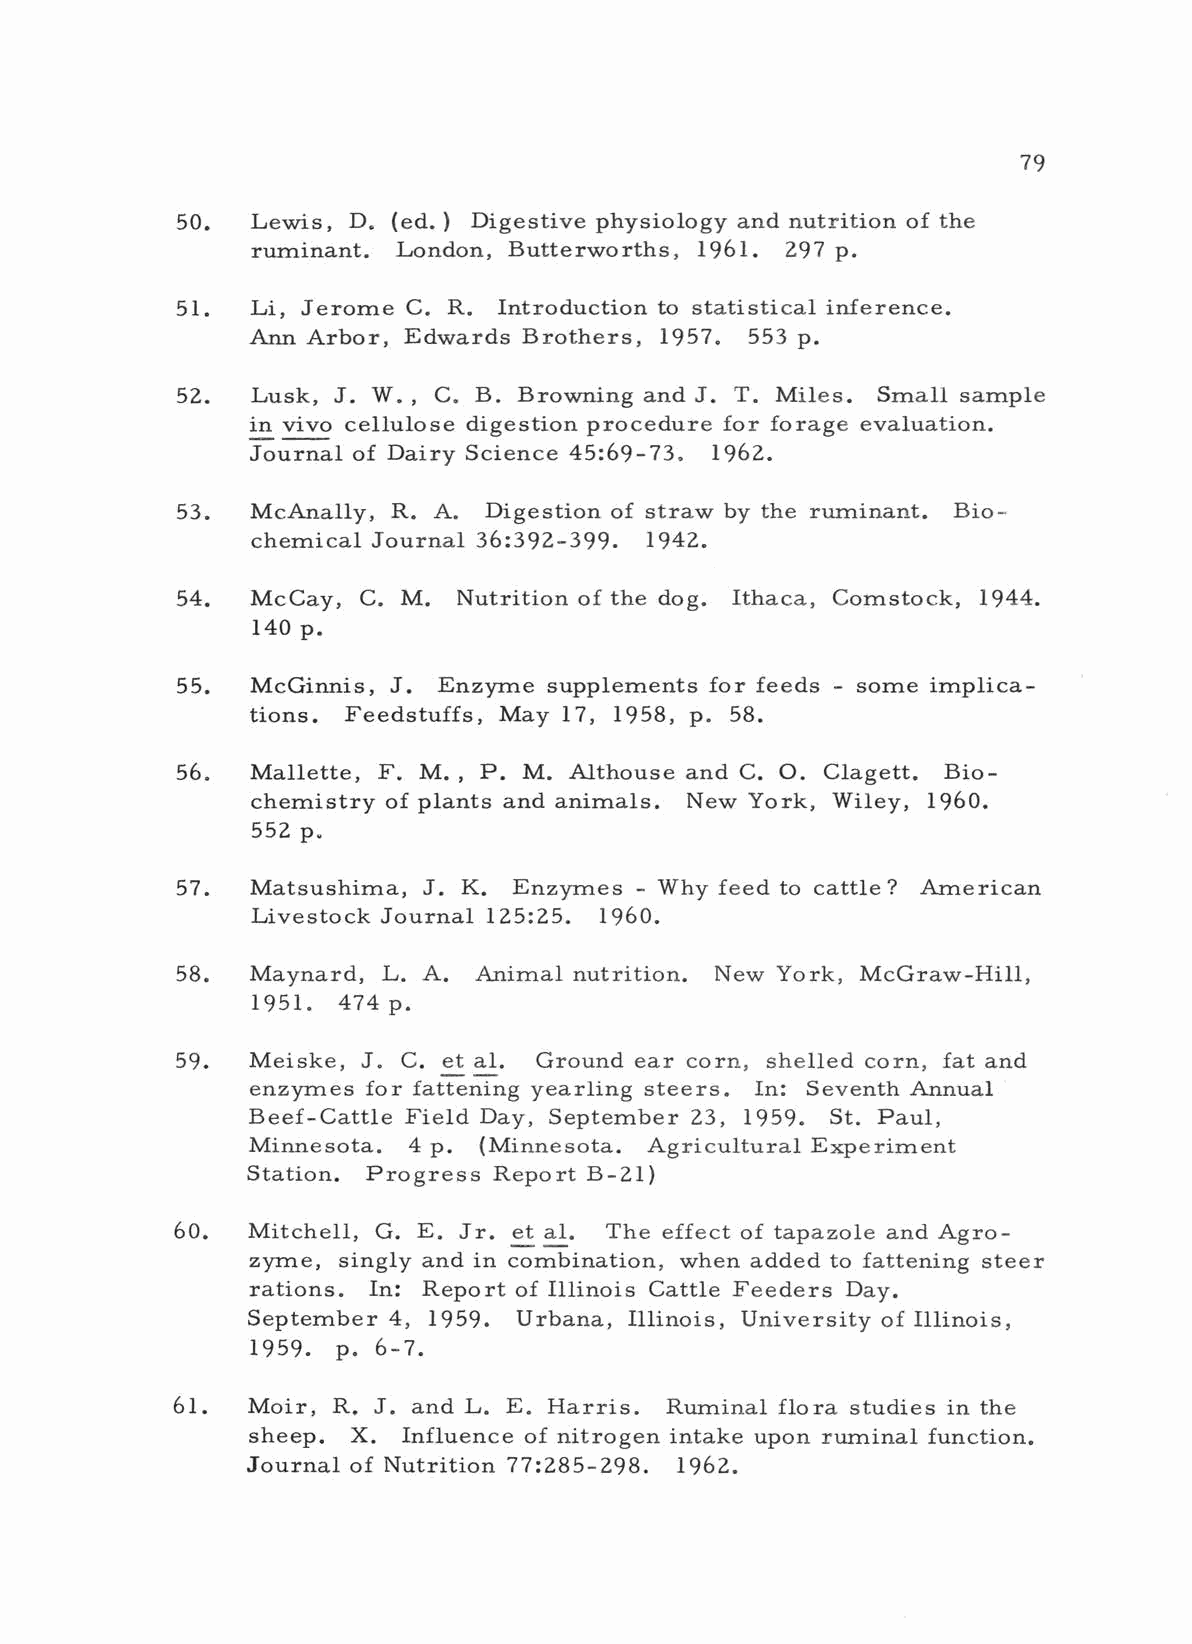
79
 50.  Lewis, D. (ed.) Digestive physiology and nutrition of the
 ruminant. London, Butterworths, 1961. 297 p.
 51.  Li, Jerome C. R. Introduction to statistical inference.
 Ann Arbor, Edwards Brothers, 1957. 553 p.
 52.  Lusk, J. W. C. B. Browning and J. T. Miles. Small sample
 ,
 in vivo cellulose digestion procedure for forage evaluation.
 Journal of Dairy Science 45:69 -73. 1962.
 53.  McAnally, R. A. Digestion of straw by the ruminant. Bio-
 chemical Journal 36:392 -399. 1942.
 54.  McCay, C. M. Nutrition of the dog. Ithaca, Comstock, 1944.
 140 p.
 55.  McGinnis, J. Enzyme supplements for feeds - some implica-
 tions. Feedstuffs, May 17, 1958, p. 58.
 56.  Mallette, F. M. , P. M. Althouse and C. O. Clagett. Bio-
 chemistry of plants and animals. New York, Wiley, 1960.
 552 p.
 57.  Matsushima, J. K. Enzymes - Why feed to cattle? American
 Livestock Journal 125:25. 1960.
 58.  Maynard, L. A. Animal nutrition. New York, McGraw -Hill,
 1951. 474 p.
 59.  Meiske, J. C. et al. Ground ear corn, shelled corn, fat and
 enzymes for fattening yearling steers. In: Seventh Annual
 Beef - Cattle Field Day, September 23, 1959. St. Paul,
 Minnesota. 4 p. (Minnesota. Agricultural Experiment
 Station. Progress Report B -21)
 60. Mitchell, G. E. Jr. et al. The effect of tapazole and Agro-
 zyme, singly and in combination, when added to fattening steer
 rations. In: Report of Illinois Cattle Feeders Day.
 September 4, 1959. Urbana, Illinois, University of Illinois,
 1959. p. 6 -7.
 61.  Moir, R. J. and L. E. Harris. Ruminal flora studies in the
 sheep. X. Influence of nitrogen intake upon ruminal function.
 Journal of Nutrition 77:285 -298. 1962.